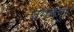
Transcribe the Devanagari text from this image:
जंगलपुर